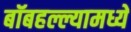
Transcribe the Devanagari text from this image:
बॉबहल्ल्यामध्ये